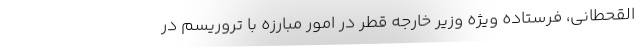
القحطانی، فرستاده ویژه وزیر خارجه قطر در امور مبارزه با تروریسم در